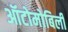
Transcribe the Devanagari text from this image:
ऑटोमोबिली